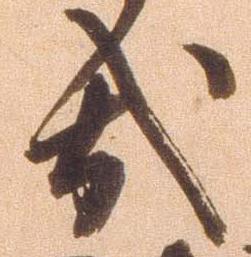
哉